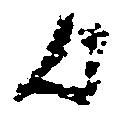
歟